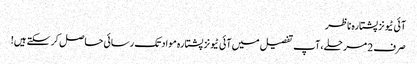
آئی ٹیونز پشتارہ ناظر
صرف 2 مرحلے، آپ تفصیل میں آئی ٹیونز پشتارہ مواد تک رسائی حاصل کر سکتے ہیں!